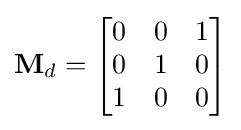
\mathbf {M} _{d}={\begin{bmatrix}0&0&1\\0&1&0\\1&0&0\end{bmatrix}}